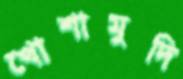
খোশামুদি